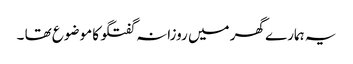
یہ ہمارے گھر میں روزانہ گفتگو کا موضوع تھا ۔